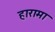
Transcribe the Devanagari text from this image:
हारामा